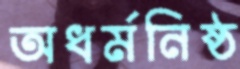
অধর্মনিষ্ঠ